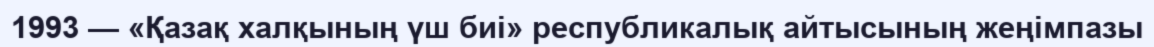
1993 — «Қазақ халқының үш биі» республикалық айтысының жеңімпазы